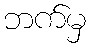
ဘက်မှ